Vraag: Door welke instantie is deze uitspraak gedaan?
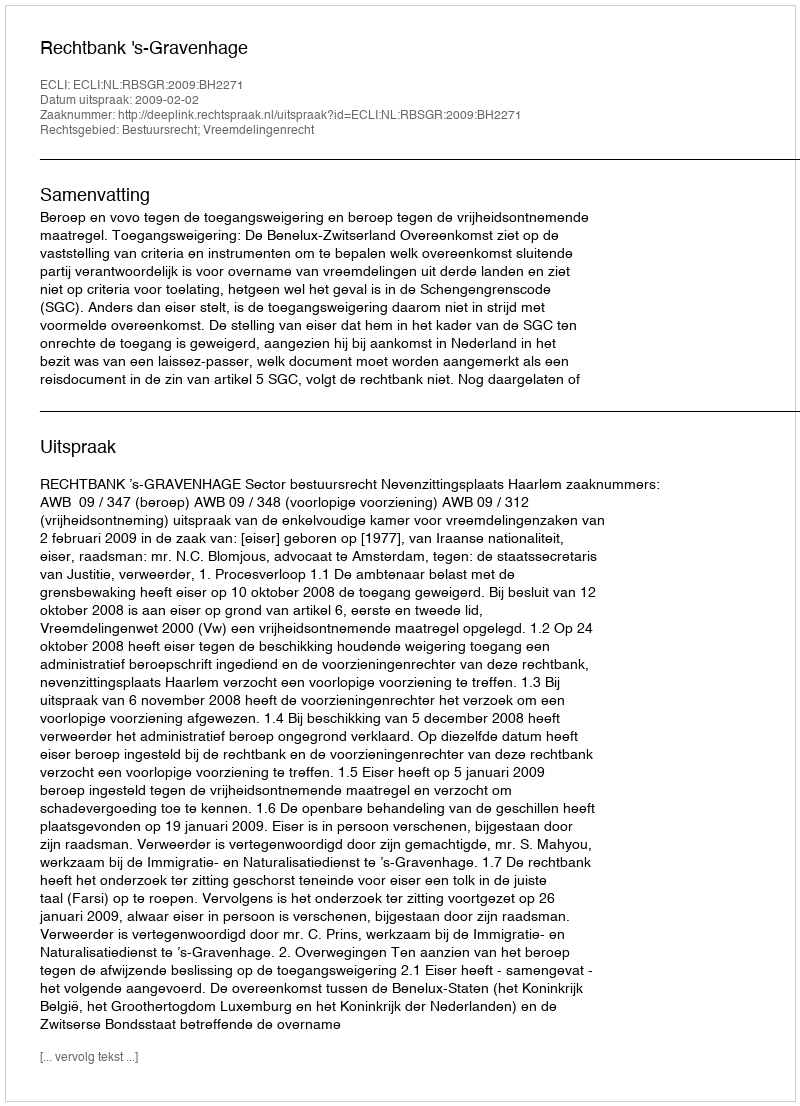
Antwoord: Rechtbank 's-Gravenhage